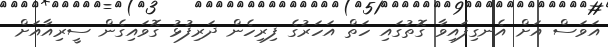
އަވަސް އަށް އެނގިފައިވާ ގޮތުގައި ހަތް އަހަރުގެ ފިރިހެން ދަރިފުޅު ގޮވައިގެން ސީރިއާއަށް